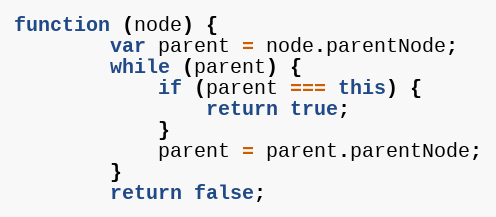
Language: JavaScript
function (node) {
        var parent = node.parentNode;
        while (parent) {
            if (parent === this) {
                return true;
            }
            parent = parent.parentNode;
        }
        return false;